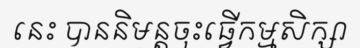
នេះ បាននិមន្តចុះធ្វើកម្មសិក្សា